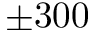
\pm 3 0 0